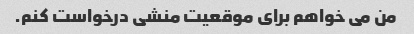
من می خواهم برای موقعیت منشی درخواست کنم.